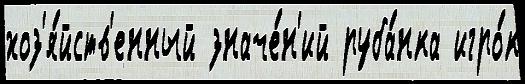
хоз'я́йств'енный значе́н'ий руба́нка игро́к